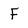
Character: F